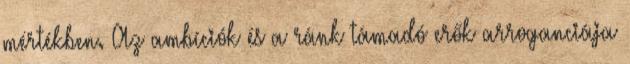
mértékben. Az ambíciók és a ránk támadó erők arroganciája